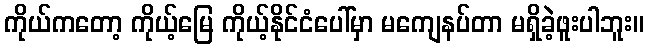
ကိုယ်ကတော့ ကိုယ့်မြေ ကိုယ့်နိုင်ငံပေါ်မှာ မကျေနပ်တာ မရှိခဲ့ဖူးပါဘူး။